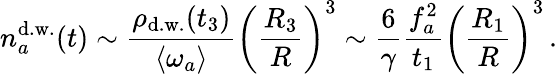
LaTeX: n_{a}^{\mathrm{d.w.}}(t)\sim\frac{\rho_{\mathrm{d.w.}}(t_{3})}{\langle\omega_{a}\rangle}\left(\frac{R_{3}}{R}\right)^{3}\sim\frac{6}{\gamma}\frac{f_{a}^{2}}{t_{1}}\left(\frac{R_{1}}{R}\right)^{3}\, .